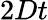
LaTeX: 2Dt